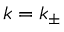
k = k _ { \pm }